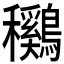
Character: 𱶯